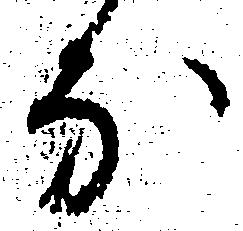
な